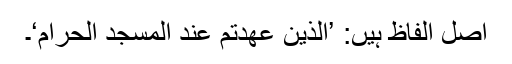
اصل الفاظ ہیں: ’الَّذِیْنَ عٰھَدْتُّمْ عِنْدَ الْمَسْجِدِ الْحَرَامِ‘۔